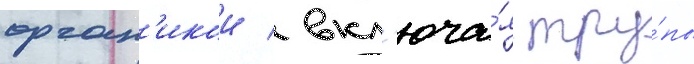
орган'икои / вкл'юча́я тру́пы